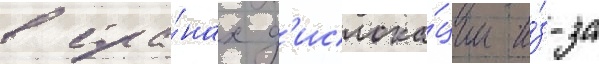
в стра́нах д'ислока́ции и́з-за